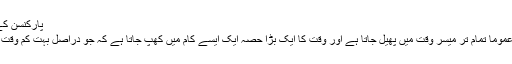
پارکنسن کے مطابق:
یعنی کام عموماً تمام تر میسر وقت میں پھیل جاتا ہے اور وقت کا ایک بڑا حصہ ایک ایسے کام میں کھپ جاتا ہے کہ جو دراصل بہت کم وقت چاہتا ہے۔